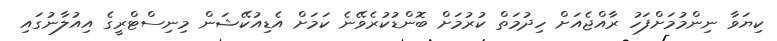
ކިޔަވާ ނިންމުމަށްފަހު ރާއްޖެއަށް ހިދުމަތް ކުރުމަށް ބޮންޑުކުރެވޭނެ ކަމަށް އެޑިއުކޭޝަން މިނިސްޓްރީގެ އިއުލާނުގައި